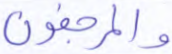
والمرجفون